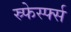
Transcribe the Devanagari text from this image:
स्र्फेर्स्फ्स